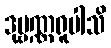
ဒုဗ္ဗဏ္ဏရူပါသိ